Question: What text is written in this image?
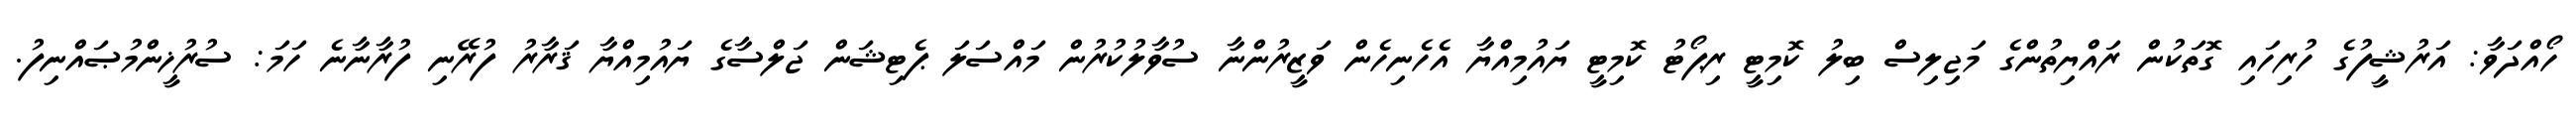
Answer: ހޯއްދަވާ: އަރުޝީފުގެ ހުރިހައި ގޮތަކުން ރައްޔިތުންގެ މަޖިލިސް ބިލު ކޮމިޓީ ރިޕޯޓު ކޮމިޓީ ޔައުމިއްޔާ އެހެނިހެން ވަޒީރުންނާ ސުވާލުކުރުން މައްސަލަ ޕެޓިޝަން ޖަލްސާގެ ޔައުމިއްޔާ ޤަރާރު ފުރޭނި ފުރާނާނެ ހަމަ: ސުރުޚީންމުޞައްނިފު.